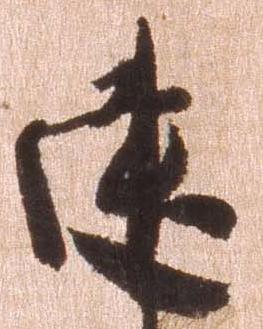
建